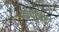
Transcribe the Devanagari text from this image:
कयुबिट